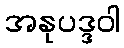
အနုပဒ္ဒဝါ